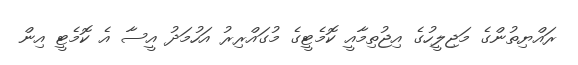
ރައްޔިތުންގެ މަޖިލީހުގެ އިޖުތިމާއީ ކޮމެޓީގެ މުގައްރިރު އަހުމަދު އީސާ އެ ކޮމެޓީ އިން